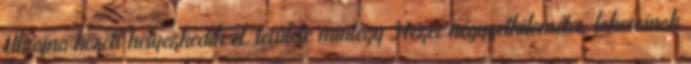
Ukrajna között helyezkedik el, területe mintegy 34ezer négyzetkilométer, lakosainak